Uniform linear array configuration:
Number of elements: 16
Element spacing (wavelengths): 0.25
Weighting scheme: hann
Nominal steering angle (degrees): -30
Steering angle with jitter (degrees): -30.154
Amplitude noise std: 0.05
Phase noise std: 0.05

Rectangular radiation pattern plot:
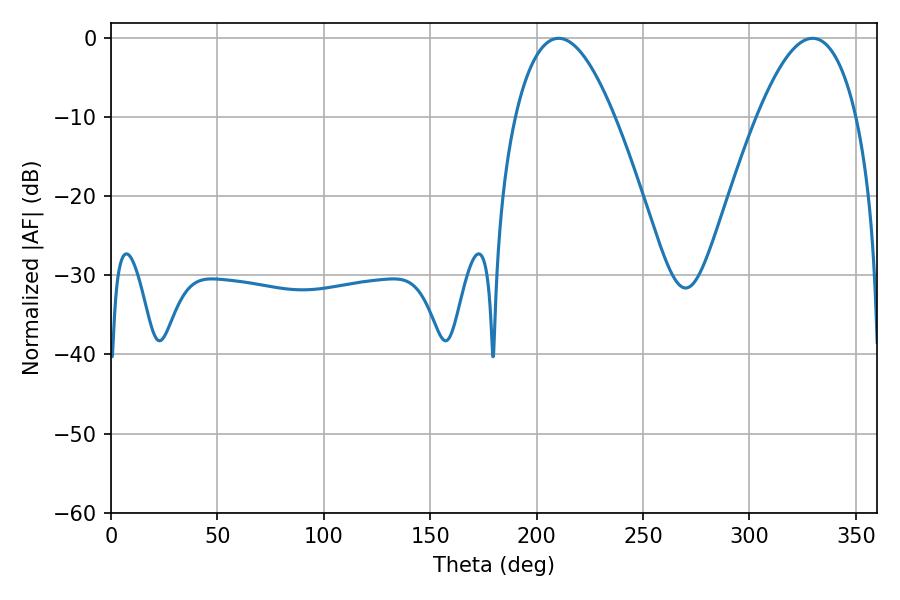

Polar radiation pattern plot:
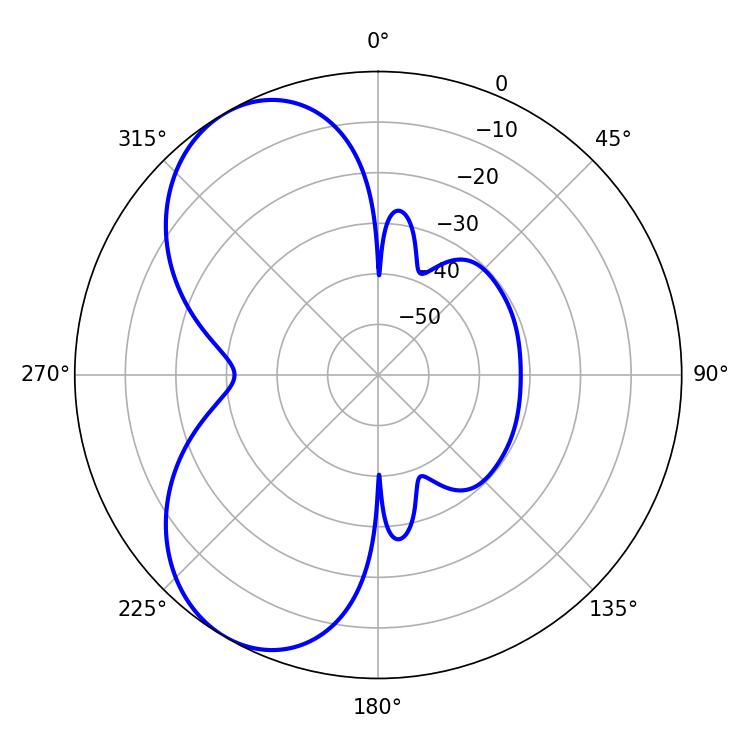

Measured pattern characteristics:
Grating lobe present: FALSE
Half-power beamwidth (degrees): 25.74
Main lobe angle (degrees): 210.24